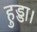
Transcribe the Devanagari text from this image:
हुड्डा।